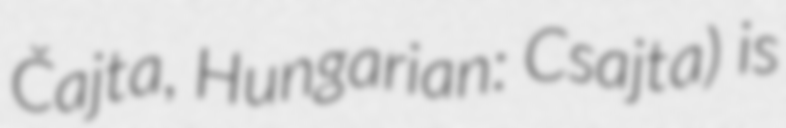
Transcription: Čajta, Hungarian: Csajta) is